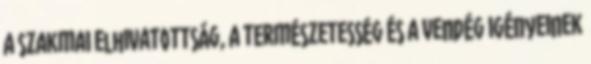
a szakmai elhivatottság, a természetesség és a vendég igényeinek